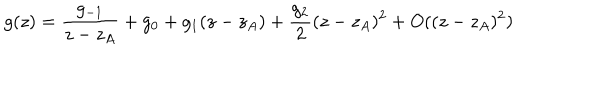
g ( z ) = \frac { g _ { - 1 } } { z - z _ { A } } + g _ { 0 } + g _ { 1 } ( z - z _ { A } ) + \frac { g _ { 2 } } { 2 } ( z - z _ { A } ) ^ { 2 } + O ( ( z - z _ { A } ) ^ { 2 } )